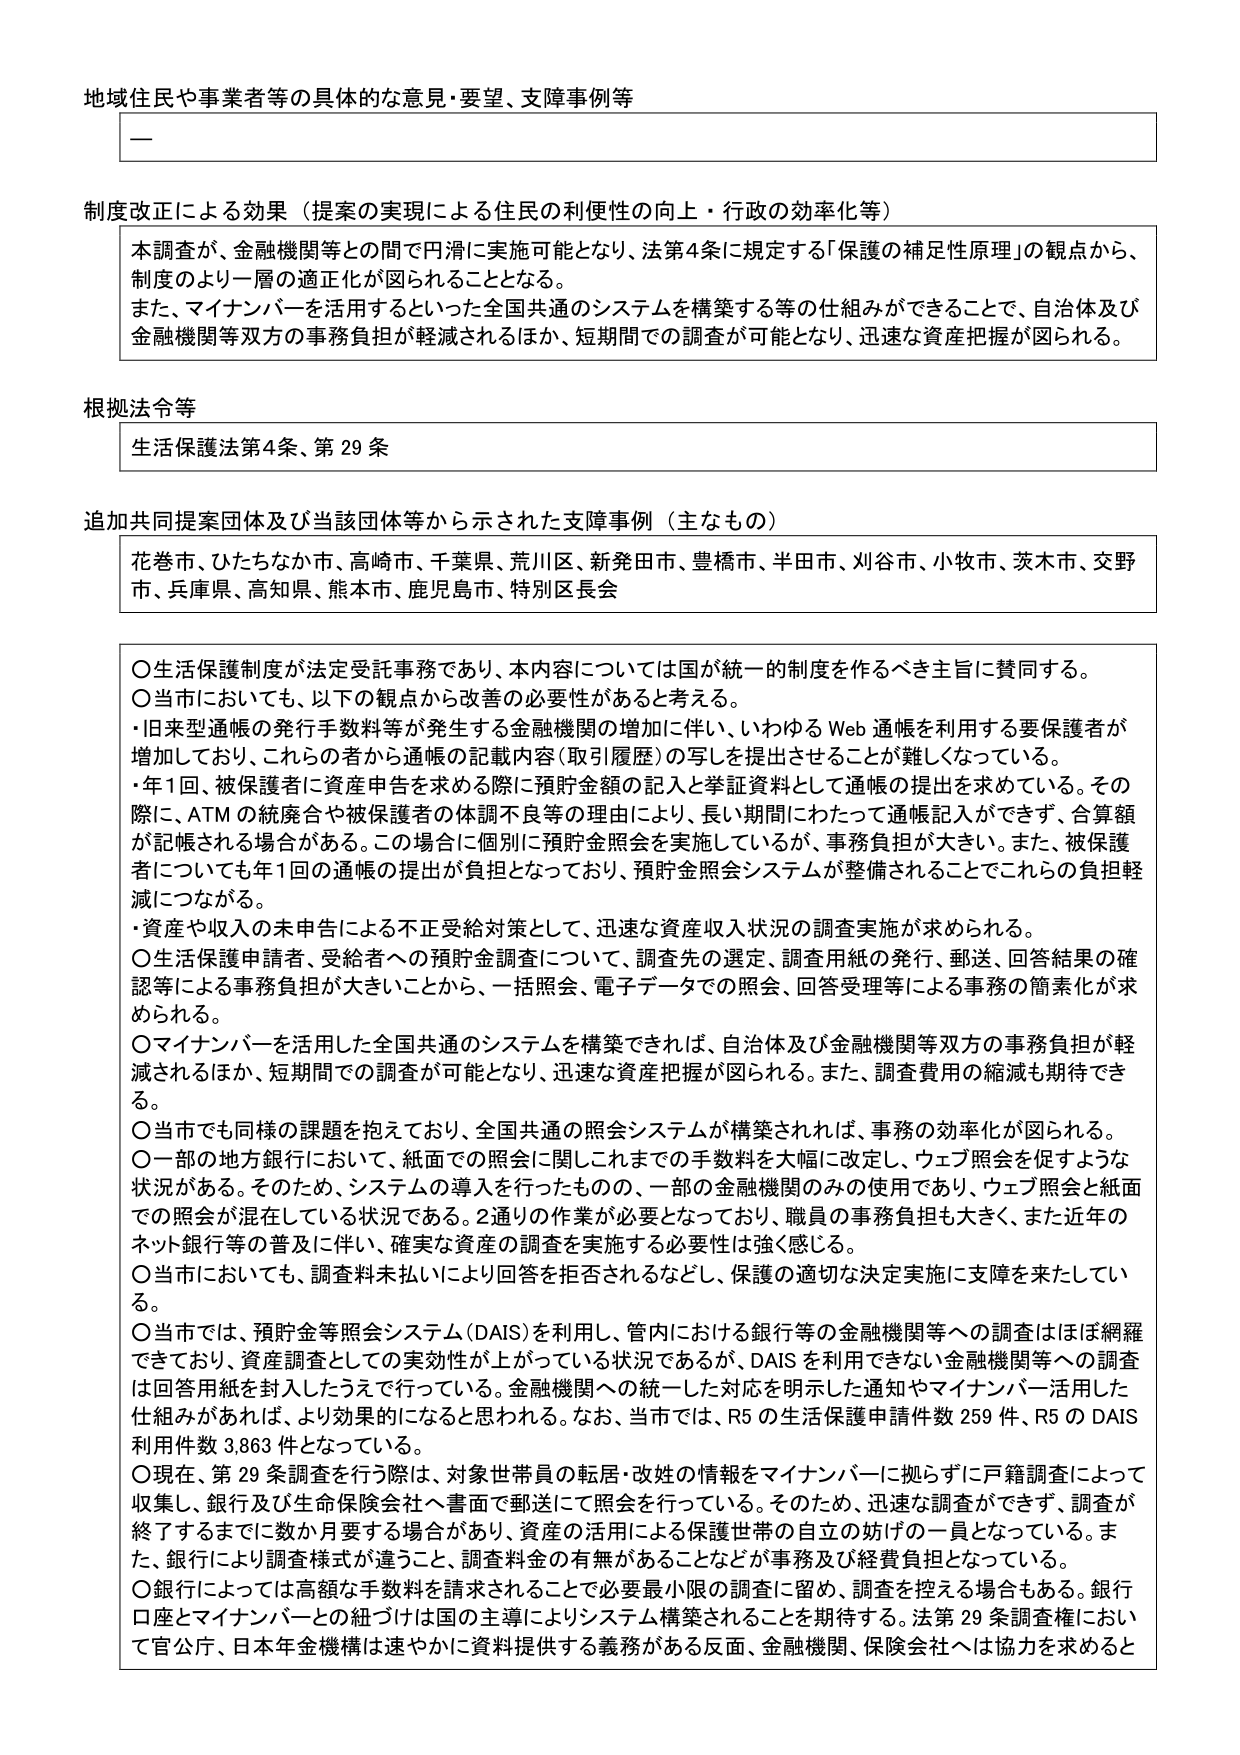
地域住民や事業者等の具体的な意見・要望、支障事例等

—

制度改正による効果（提案の実現による住民の利便性の向上・行政の効率化等）

本調査が、金融機関等との間で円滑に実施可能となり、法第4条に規定する「保護の補足性原理」の観点から、制度のより一層の適正化が図られることとなる。
また、マイナンバーを活用するといった全国共通のシステムを構築する等の仕組みができることで、自治体及び金融機関等双方の事務負担が軽減されるほか、短期間での調査が可能となり、迅速な資産把握が図られる。

根拠法令等

生活保護法第4条、第29条

追加共同提案団体及び当該団体等から示された支障事例（主なもの）

花巻市、ひたちなか市、高崎市、千葉県、荒川区、新発田市、豊橋市、半田市、刈谷市、小牧市、茨木市、交野市、兵庫県、高知県、熊本市、鹿児島市、特別区長会

○生活保護制度が法定受託事務であり、本内容については国が統一的制度を作るべき主旨に賛同する。
○当市においても、以下の観点から改善の必要性があると考える。
・旧来型通帳の発行手数料等が発生する金融機関の増加に伴い、いわゆるWeb通帳を利用する要保護者が増加しており、これらの者から通帳の記載内容（取引履歴）の写しを提出させることが難しくなっている。
・年1回、被保護者に資産申告を求める際に預貯金額の記入と挙証資料として通帳の提出を求めている。その際に、ATMの統廃合や被保護者の体調不良等の理由により、長い期間にわたって通帳記入ができず、合算額が記帳される場合がある。この場合に個別に預貯金照会を実施しているが、事務負担が大きい。また、被保護者についても年1回の通帳の提出が負担となっており、預貯金照会システムが整備されることでこれらの負担軽減につながる。
・資産や収入の未申告による不正受給対策として、迅速な資産収入状況の調査実施が求められる。
○生活保護申請者、受給者への預貯金調査について、調査先の選定、調査用紙の発行、郵送、回答結果の確認等による事務負担が大きいことから、一括照会、電子データでの照会、回答受理等による事務の簡素化が求められる。
○マイナンバーを活用した全国共通のシステムを構築できれば、自治体及び金融機関等双方の事務負担が軽減されるほか、短期間での調査が可能となり、迅速な資産把握が図られる。また、調査費用の縮減も期待できる。
○当市でも同様の課題を抱えており、全国共通の照会システムが構築されれば、事務の効率化が図られる。
○一部の地方銀行において、紙面での照会に関しこれまでの手数料を大幅に改定し、ウェブ照会を促すような状況がある。そのため、システムの導入を行ったものの、一部の金融機関のみの使用であり、ウェブ照会と紙面での照会が混在している状況である。2通りの作業が必要となっており、職員の事務負担も大きく、また近年のネット銀行等の普及に伴い、確実な資産の調査を実施する必要性は強く感じる。
○当市においても、調査料未払いにより回答を拒否されるなどし、保護の適切な決定実施に支障を来している。
○当市では、預貯金等照会システム（DAIS）を利用し、管内における銀行等の金融機関等への調査はほぼ網羅できており、資産調査としての実効性が上がっている状況であるが、DAISを利用できない金融機関等への調査は回答用紙を封入したうえで行っている。金融機関への統一した対応を明示した通知やマイナンバー活用した仕組みがあれば、より効果的になると思われる。なお、当市では、R5の生活保護申請件数259件、R5のDAIS利用件数3,863件となっている。
○現在、第29条調査を行う際は、対象世帯員の転居・改姓の情報をマイナンバーに拠らずに戸籍調査によって収集し、銀行及び生命保険会社へ書面で郵送にて照会を行っている。そのため、迅速な調査ができず、調査が終了するまでに数か月要する場合があり、資産の活用による保護世帯の自立の妨げの一員となっている。また、銀行により調査様式が違うこと、調査料金の有無があることなどが事務及び経費負担となっている。
○銀行によっては高額な手数料を請求されることで必要最小限の調査に留め、調査を控える場合もある。銀行口座とマイナンバーとの紐づけは国の主導によりシステム構築されることを期待する。法第29条調査権において官公庁、日本年金機構は速やかに資料提供する義務がある反面、金融機関、保険会社へは協力を求めると